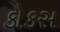
કોકસ